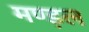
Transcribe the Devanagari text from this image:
मण्ड़ल